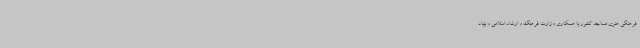
فرهنگی هنری مساجد کشور با همکاری وزارت فرهنگ و ارشاد اسلامی و بنیاد